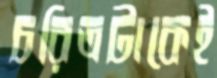
চরিত্রটাকেই